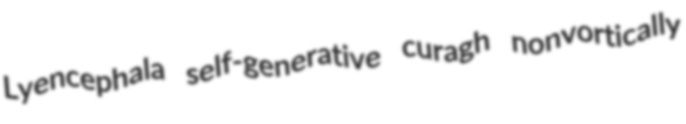
Lyencephala self-generative curagh nonvortically